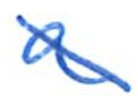
Text: a
Cross-out: diagonal
Writing tool: ballpoint